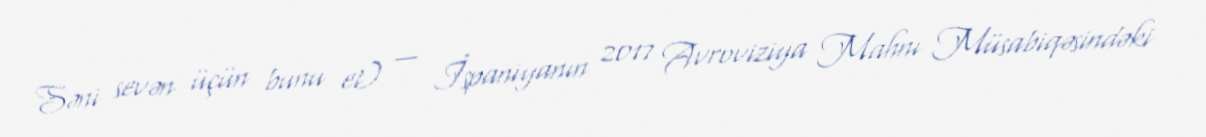
Səni sevən üçün bunu et) — İspaniyanın 2017 Avroviziya Mahnı Müsabiqəsindəki